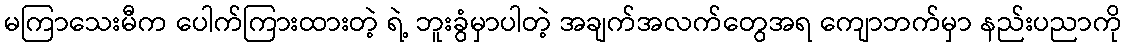
မကြာသေးမီက ပေါက်ကြားထားတဲ့ ရဲ့ ဘူးခွံမှာပါတဲ့ အချက်အလက်တွေအရ ကျောဘက်မှာ နည်းပညာကို